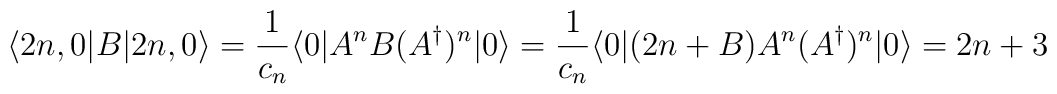
\langle 2n,0|B|2n,0\rangle = {1\over c_n} \langle0|A^n B (A^\dagger)^n|0\rangle ={1\over c_n} \langle0|(2n+B)A^n (A^\dagger)^n|0\rangle = 2n+3